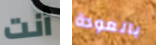
أنت بالعودة